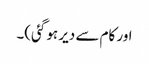
اور کام سے دیر ہو گئی)۔